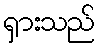
ရှားသည်